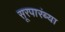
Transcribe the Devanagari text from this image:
सूरपारंब्या